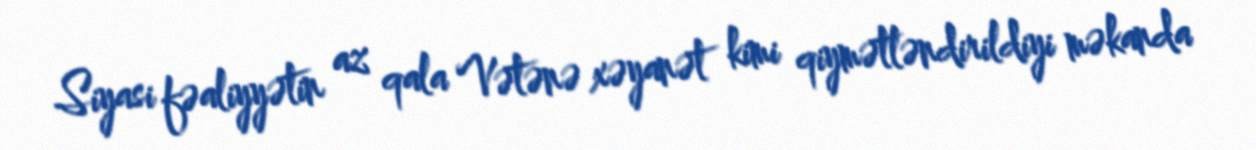
Siyasi fəaliyyətin az qala Vətənə xəyanət kimi qiymətləndirildiyi məkanda